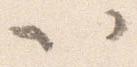
以